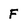
Character: F